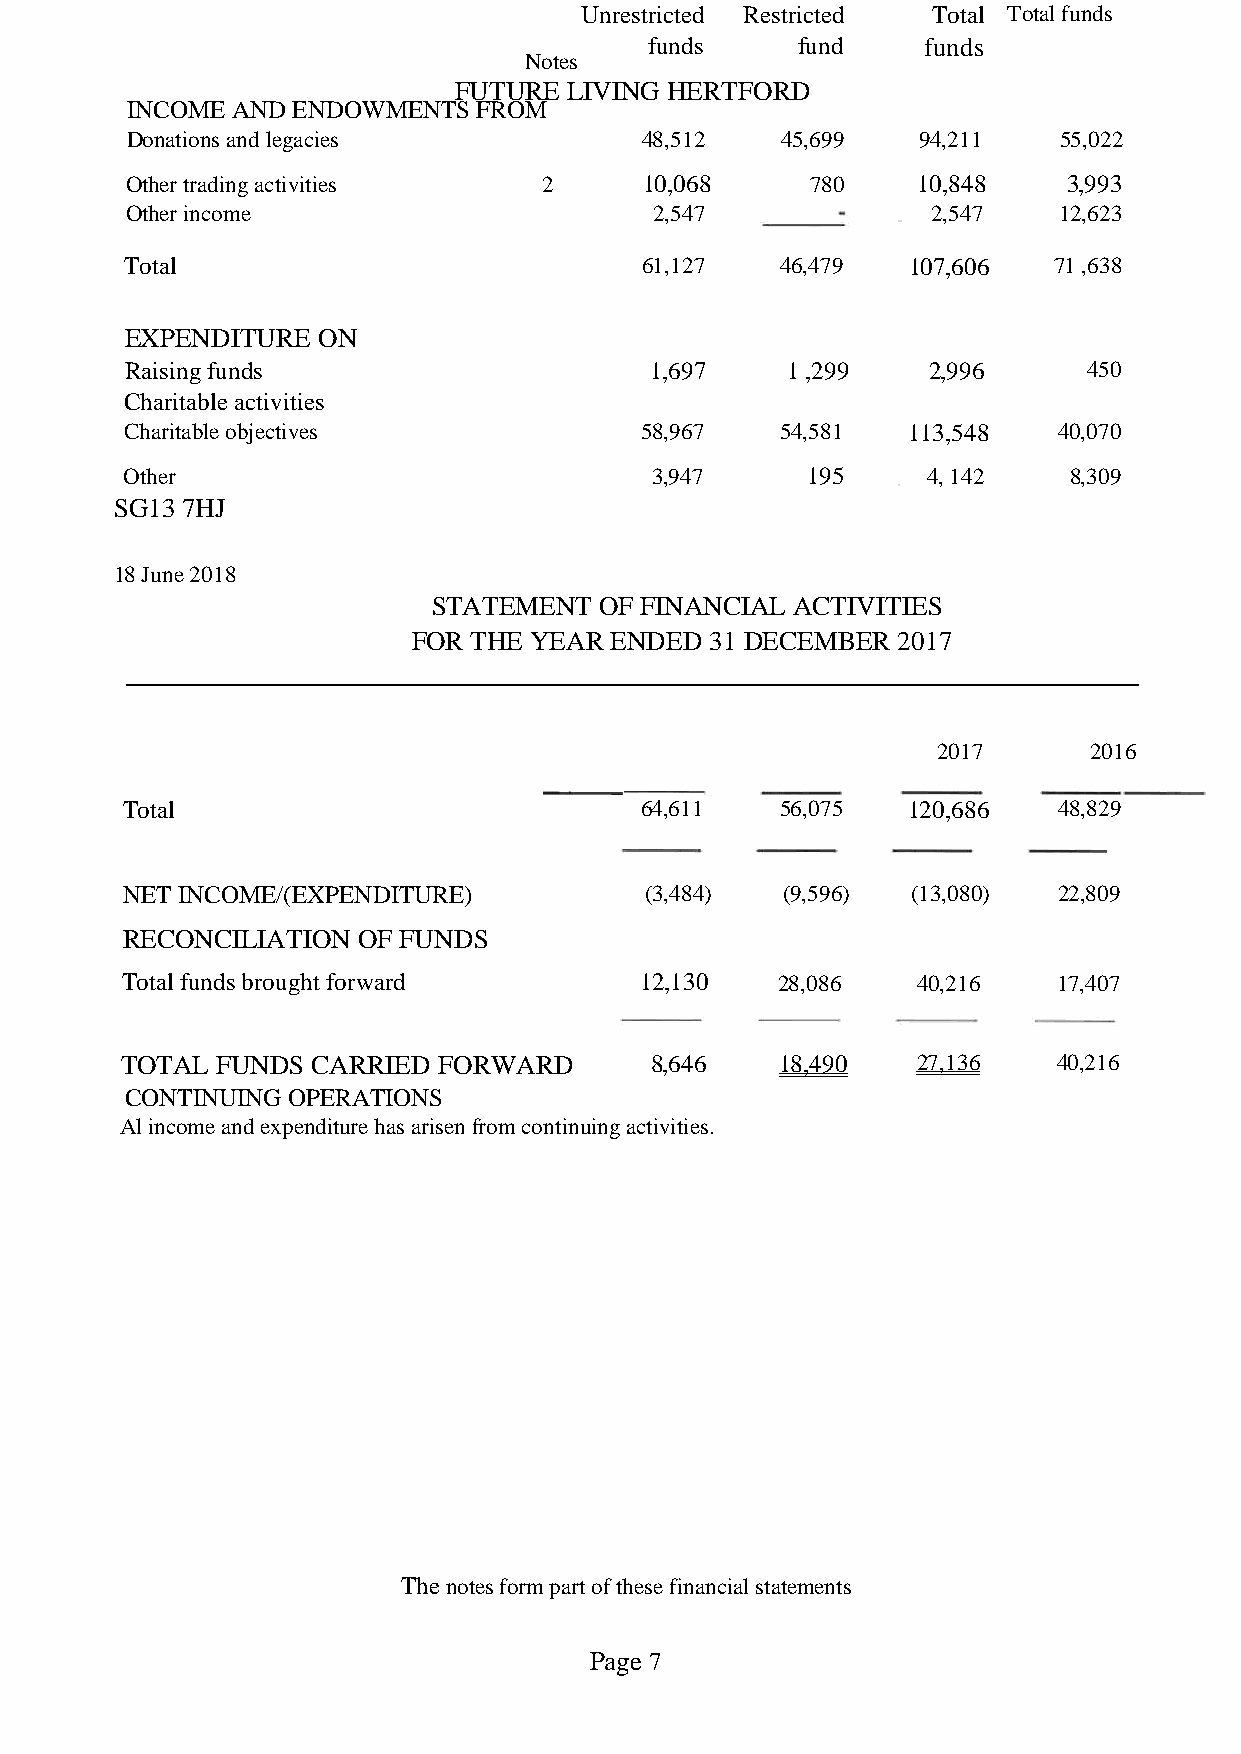
Unrestricted Restricted Total Total funds
 funds     fund    funds
 Notes
 FUTURE  LIVING HERTFORD
 INCOME AND ENDOWMENTS   FROM
 Donations and legacies            48,512    45,699   94,211   55,022
 Other trading activities    2      10,068     780    10,848    3,993
 Other income                       2,547              2,547   12,623
 Total                             61,127    46,479  107,606   71 ,638
 EXPENDITURE  ON
 Raising funds                      1,697    1 ,299   2,996      450
 Charitable activities
 Charitable objectives             58,967    54,581  113,548   40,070
 Other                              3,947     195     4, 142    8,309
 SG13 7HJ
 18 June 2018
 STATEMENT  OF FINANCIAL ACTIVITIES
 FOR THE YEAR ENDED  31 DECEMBER 2017
 2017      2016
 Total                             64,611    56,075  120,686   48,829
 NET INCOME/(EXPENDITURE)           (3,484)  (9,596) (13,080)  22,809
 RECONCILIATION  OF FUNDS
 Total funds brought forward       12,130   28,086    40,216   17,407
 TOTAL FUNDS  CARRIED FORWARD       8,646    18,490   27,136   40,216
 CONTINUING OPERATIONS
 Al income and expenditure has arisen from continuing activities.
 The notes form part of these financial statements
 Page 7